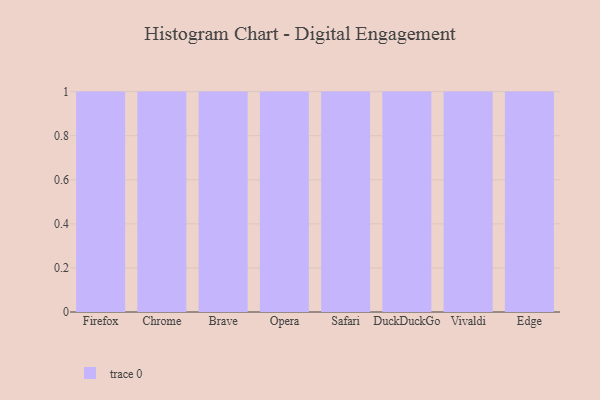
{"axis": {"x": "Browser", "y": "Revenue (USD Million)"}, "legend": [""], "data": [{"x": "Firefox", "y": 7, "type": ""}, {"x": "Chrome", "y": 37, "type": ""}, {"x": "Brave", "y": 55, "type": ""}, {"x": "Opera", "y": 16, "type": ""}, {"x": "Safari", "y": 47, "type": ""}, {"x": "DuckDuckGo", "y": 55, "type": ""}, {"x": "Vivaldi", "y": 51, "type": ""}, {"x": "Edge", "y": 23, "type": ""}]}